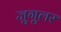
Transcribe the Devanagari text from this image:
जुगुलर